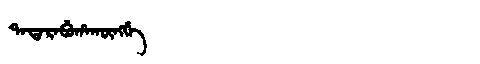
Manchu: ᡨᠠᡨᠠᡵᠠᠪᡠᡥᠠᡴᡡᠩᡤᡝ
Romanization: TATARABUHAKŪNGGE